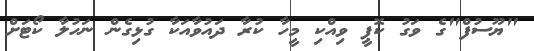
"ޔޫސުފް"ގެ ވަގު ކޮޕީ ވިއްކި މީހާ ކުރާ ދައުވާއަކާ ގުޅިގެން ނަހުލާ ކޯޓަށް